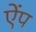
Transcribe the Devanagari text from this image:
ऐंप